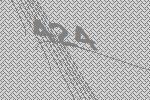
424